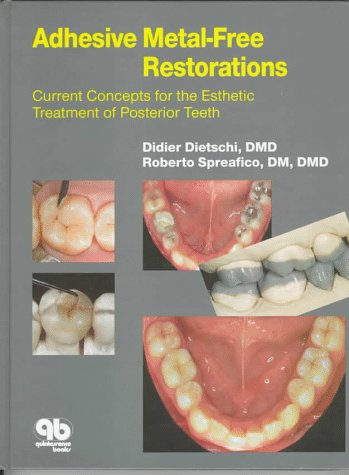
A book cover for Adhesive Metal Free Restorations; Didier Dietschi; Medical Books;